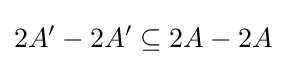
2A'-2A'\subseteq 2A-2A